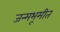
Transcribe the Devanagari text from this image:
जन्मभूमीत